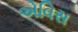
એવિસ